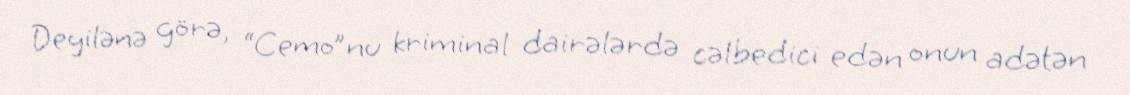
Deyilənə görə, “Cemo”nu kriminal dairələrdə cəlbedici edən onun adətən